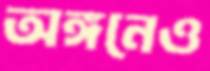
অঙ্গনেও